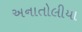
અનાતોલીયા